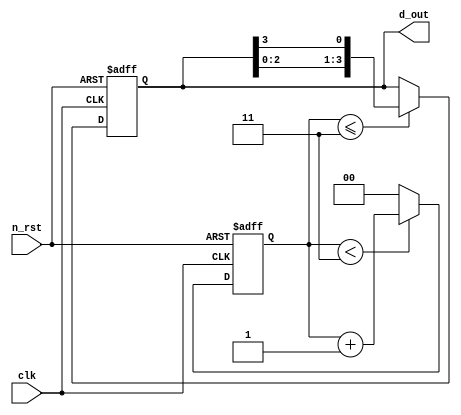
module ring_cnt (
    input clk,
    input n_rst,
    output reg [3:0] d_out // data out
);

reg [1:0] cnt;

always @(posedge clk or negedge n_rst)
    if(!n_rst)
        cnt <= 2'b0;
    else
        cnt <= (cnt < 2'h3)? cnt + 2'b1 : 2'b0;

always @(posedge clk or negedge n_rst)
    if(!n_rst)
        d_out <= 4'b1000;
    else begin
        if(cnt <= 2'h3)
            d_out <= {d_out[2:0], d_out[3]};
    end


endmodule